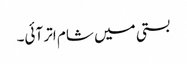
بستی میں شام اتر آئی۔